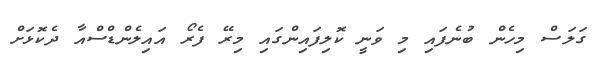
ގަލަސް މިހެން ބުނެފައި މި ވަނީ ކޮލިފައިންގައި މިރޭ ފެރޯ އައިލެންޑްސްއާ ދެކޮޅަށް